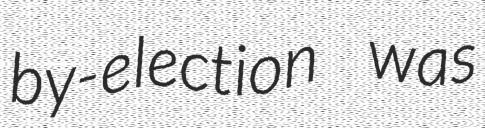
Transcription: by-election was